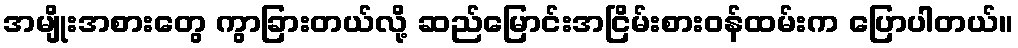
အမျိုးအစားတွေ ကွာခြားတယ်လို့ ဆည်မြောင်းအငြိမ်းစားဝန်ထမ်းက ပြောပါတယ်။